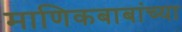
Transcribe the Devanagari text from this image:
माणिकबाबांच्या